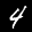
Label: 4